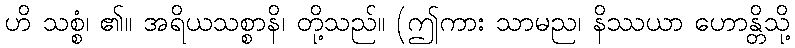
ဟိ သစ္စံ၊ ၏။ အရိယသစ္စာနိ၊ တို့သည်။ (ဤကား သာမည၊ နိဿယာ ဟောန္တိသို့